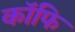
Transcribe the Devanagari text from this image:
कॉफि